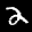
Label: 2